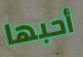
أحبها